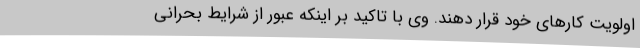
اولویت کارهای خود قرار دهند. وی با تاکید بر اینکه عبور از شرایط بحرانی